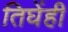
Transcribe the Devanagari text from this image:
तिघेंही